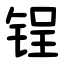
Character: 锃